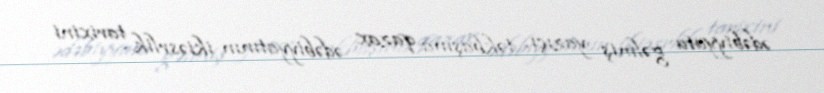
ədəbiyyata gəlmiş yazıçı, təkbaşına qazax ədəbiyyatının ikiəsrlik tarixini